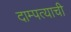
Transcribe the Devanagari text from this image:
दाम्पत्याची